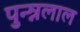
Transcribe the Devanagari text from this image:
पुन्न्नलाल